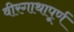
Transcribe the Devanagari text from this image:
वीरगाथापूर्ण